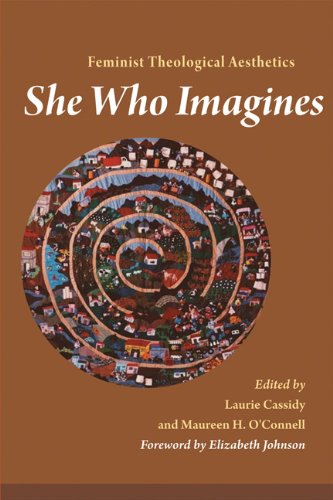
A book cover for She Who Imagines: Feminist Theological Aesthetics; Christian Books & Bibles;